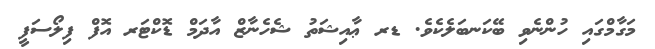
މަގާމްގައި ހުންނެވި ބޭކަނބަލެކެވެ. ޑރ ޢާއިޝަތު ޝެހެނާޒް އާދަމް ޑޮކްޓަރ އޮފް ފިލޯސަފީ